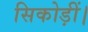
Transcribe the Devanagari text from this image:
सिकोड़ीं।